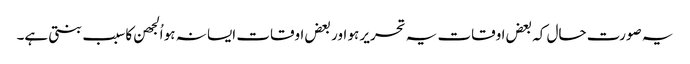
یہ صورت حال کہ بعض اوقات یہ تحریر ہو اور بعض اوقات ایسا نہ ہو اُلجھن کا سبب بنتی ہے۔